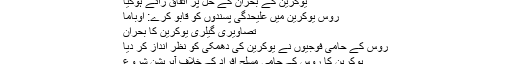
یوکرین کے بحران کے حل پر اتفاقِ رائے ہوگیا
روس یوکرین میں علیحدگی پسندوں کو قابو کرے: اوباما
تصاویری گیلری یوکرین کا بحران
روس کے حامی فوجیوں نے یوکرین کی دھمکی کو نظر انداز کر دیا
یوکرین کا روس کےحامی مسلح افراد کےخلاف آپریشن شروع